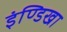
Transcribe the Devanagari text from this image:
इंण्डिखा